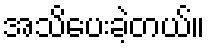
အသိပေးခဲ့တယ်။